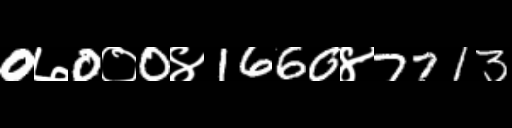
Text: 0७0०0४1660४7713